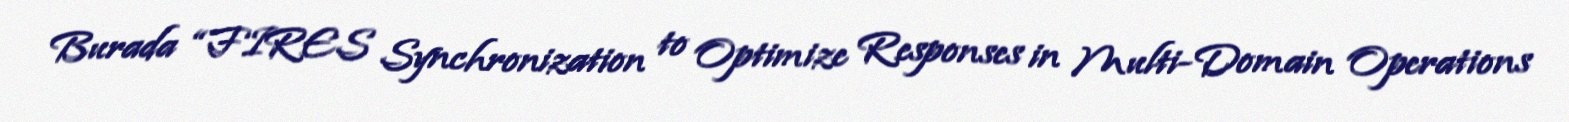
Burada “FIRES Synchronization to Optimize Responses in Multi-Domain Operations